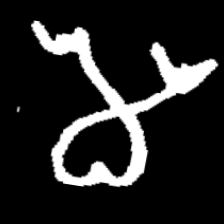
Pyu character \u2014 Myanmar letter: မ (romanized: ma)